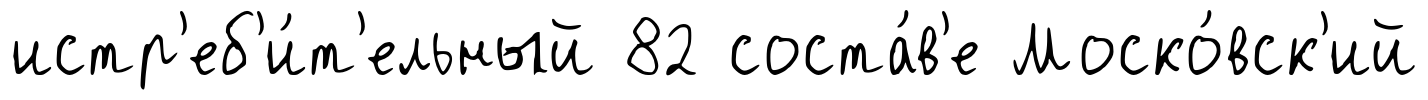
истр'еб'и́т'ельный 82 соста́в'е Моско́вск'ий